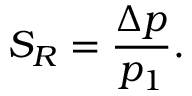
S _ { R } = \frac { \Delta p } { p _ { 1 } } .